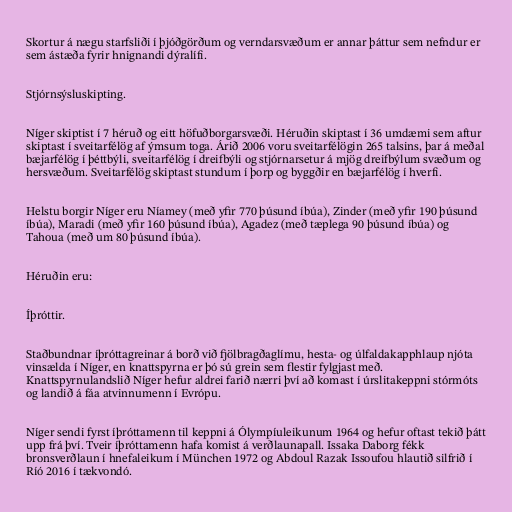
Skortur á nægu starfsliði í þjóðgörðum og verndarsvæðum er annar þáttur sem nefndur er
sem ástæða fyrir hnignandi dýralífi.

Stjórnsýsluskipting.

Níger skiptist í 7 héruð og eitt höfuðborgarsvæði. Héruðin skiptast í 36 umdæmi sem aftur
skiptast í sveitarfélög af ýmsum toga. Árið 2006 voru sveitarfélögin 265 talsins, þar á meðal
bæjarfélög í þéttbýli, sveitarfélög í dreifbýli og stjórnarsetur á mjög dreifbýlum svæðum og
hersvæðum. Sveitarfélög skiptast stundum í þorp og byggðir en bæjarfélög í hverfi.

Helstu borgir Níger eru Níamey (með yfir 770 þúsund íbúa), Zinder (með yfir 190 þúsund
íbúa), Maradi (með yfir 160 þúsund íbúa), Agadez (með tæplega 90 þúsund íbúa) og
Tahoua (með um 80 þúsund íbúa).

Héruðin eru:

Íþróttir.

Staðbundnar íþróttagreinar á borð við fjölbragðaglímu, hesta- og úlfaldakapphlaup njóta
vinsælda í Níger, en knattspyrna er þó sú grein sem flestir fylgjast með.
Knattspyrnulandslið Níger hefur aldrei farið nærri því að komast í úrslitakeppni stórmóts
og landið á fáa atvinnumenn í Evrópu.

Níger sendi fyrst íþróttamenn til keppni á Ólympíuleikunum 1964 og hefur oftast tekið þátt
upp frá því. Tveir íþróttamenn hafa komist á verðlaunapall. Issaka Daborg fékk
bronsverðlaun í hnefaleikum í München 1972 og Abdoul Razak Issoufou hlautið silfrið í
Ríó 2016 í tækvondó.